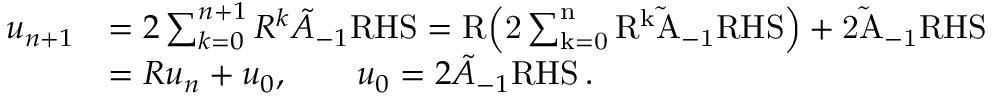
\begin{array} { r l } { u _ { n + 1 } } & { = 2 \sum _ { k = 0 } ^ { n + 1 } \cal R ^ { k } \tilde { \cal A } _ { - 1 } \mathrm { R H S } = \cal R \Big ( 2 \sum _ { k = 0 } ^ { n } \cal R ^ { k } \tilde { \cal A } _ { - 1 } \mathrm { R H S } \Big ) + 2 \tilde { \cal A } _ { - 1 } \mathrm { R H S } } \\ & { = \cal R u _ { n } + u _ { 0 } , \qquad u _ { 0 } = 2 \tilde { \cal A } _ { - 1 } \mathrm { R H S } \, . } \end{array}